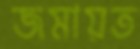
জমায়ত